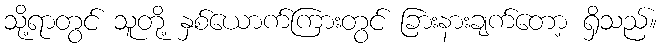
သို့ရာတွင် သူတို့ နှစ်ယောက်ကြားတွင် ခြားနားချက်တော့ ရှိသည်။